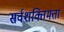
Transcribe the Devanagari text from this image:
सर्वशक्तिमत्ता